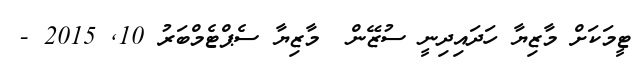
ޓީމަކަށް މާޒިޔާ ހަދައިދިނީ ސުޒޭން  މާޒިޔާ ސެޕްޓެމްބަރު 10